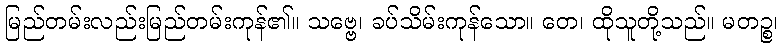
မြည်တမ်းလည်းမြည်တမ်းကုန်၏။ သဗ္ဗေ၊ ခပ်သိမ်းကုန်သော။ တေ၊ ထိုသူတို့သည်။ မတဉ္စ၊